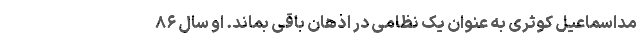
مداسماعیل کوثری به عنوان یک نظامی در اذهان باقی بماند. او سال ۸۶